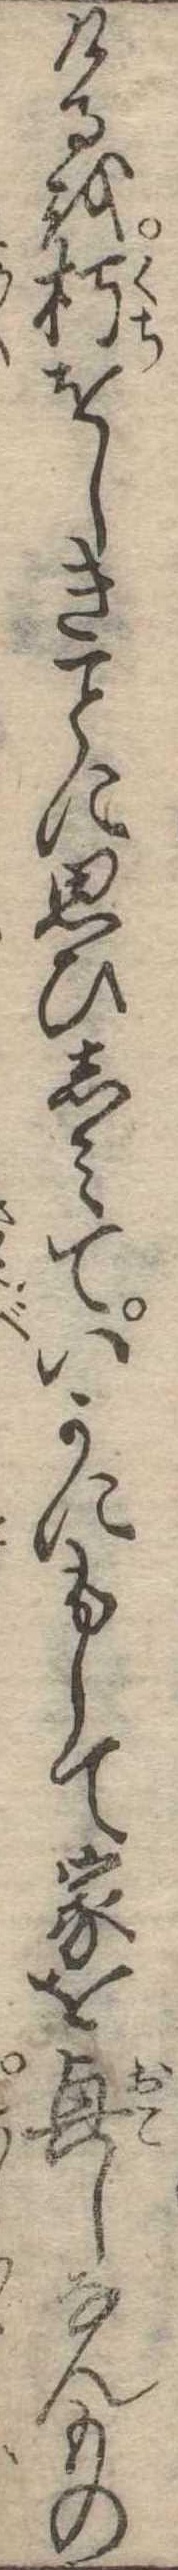
けるを朽をしきに思ひしみていかにもして家を興しなんもの